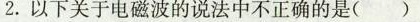
2. 以下关于电磁波的说法中不正确的是()